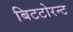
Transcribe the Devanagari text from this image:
बिटटोरन्ट